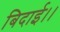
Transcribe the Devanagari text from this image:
बिदाई।।